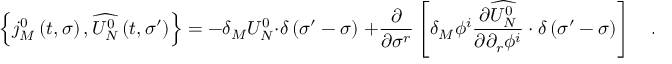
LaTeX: \left\{ j _ { M } ^ { 0 } \left( t , \sigma \right) , \widehat { U _ { N } ^ { 0 } } \left( t , \sigma ^ { \prime } \right) \right\} = - \delta _ { M } U _ { N } ^ { 0 } \cdot \delta \left( \sigma ^ { \prime } - \sigma \right) \; + \frac \partial { \partial \sigma ^ { r } } \left[ \delta _ { M } \phi ^ { i } \frac { \partial \widehat { U _ { N } ^ { 0 } } } { \partial \partial _ { r } \phi ^ { i } } \cdot \delta \left( \sigma ^ { \prime } - \sigma \right) \right] \quad .